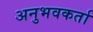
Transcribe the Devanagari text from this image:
अनुभवकर्ता